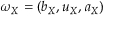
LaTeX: \omega _ { X } = ( b _ { X } , u _ { X } , a _ { X } ) \,